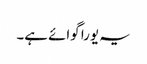
یہ یورا گوائے ہے۔